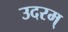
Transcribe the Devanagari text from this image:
उदरम्‌